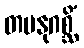
တမနုဂစ္ဆိံ